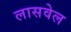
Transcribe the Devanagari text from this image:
लासवेल